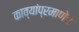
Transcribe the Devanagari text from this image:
काव्यांप्रमाणेच